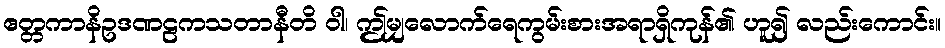
ဧတ္တကာနိဥဒဏဠကသတာနီတိ ဝါ၊ ဤမျှလောက်ရေကွမ်းစားအရာရှိကုန်၏ ဟူ၍ လည်းကောင်း။